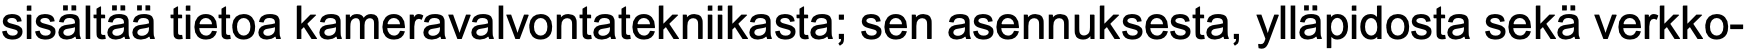
sisältää tietoa kameravalvontatekniikasta; sen asennuksesta, ylläpidosta sekä verkko-